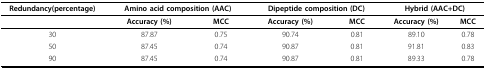
<table><thead><tr><td><b>Redundancy(percentage)</b></td><td colspan="2"><b>Amino acid composition (AAC)</b></td><td colspan="2"><b>Dipeptide composition (DC)</b></td><td colspan="2"><b>Hybrid (AAC+DC)</b></td></tr></thead><tbody><tr><td></td><td><b>Accuracy (%)</b></td><td><b>MCC</b></td><td><b>Accuracy (%)</b></td><td><b>MCC</b></td><td><b>Accuracy (%)</b></td><td><b>MCC</b></td></tr><tr><td>30</td><td>87.87</td><td>0.75</td><td>90.74</td><td>0.81</td><td>89.10</td><td>0.78</td></tr><tr><td>50</td><td>87.45</td><td>0.74</td><td>90.87</td><td>0.81</td><td>91.81</td><td>0.83</td></tr><tr><td>90</td><td>87.45</td><td>0.74</td><td>90.87</td><td>0.81</td><td>89.33</td><td>0.78</td></tr></tbody></table>